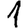
Digit: 1